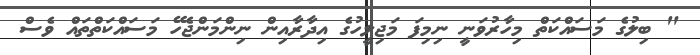
" ބިލުގެ މަސައްކަތް މިހާރުވަނީ ނިމިފަ މަޖިލީހުގެ އިދާރާއިން ނިންމަންޖެހޭ މަސައްކަތްތައް ވެސް